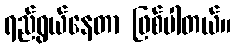
ရည်ရွယ်နေတာ ဖြစ်ပါတယ်။